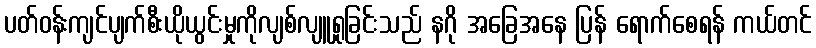
ပတ်ဝန်းကျင်ပျက်စီးယိုယွင်းမှုကိုလျစ်လျူရှုခြင်းသည် နဂို အခြေအနေ ပြန် ရောက်စေရန် ကယ်တင်